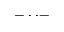
- \cdot \cdot -